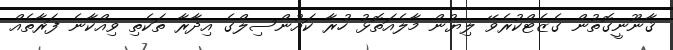
ޤާނޫނީގޮތުން ގެޒެޓްކުރެވޭ ލިޔުން މާލެއަތޮޅު ހުރާ ކައުންސިލްގެ އިދާރާ ތަކެތި ވިއްކާނެ ފަރާތެއް